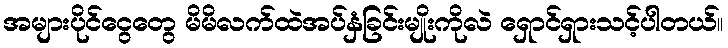
အများပိုင်ငွေတွေ မိမိလက်ထဲအပ်နှံခြင်းမျိုးကိုလဲ ရှောင်ရှားသင့်ပါတယ်။